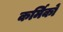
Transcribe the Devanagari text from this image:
कर्मिकाें